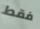
فقط